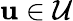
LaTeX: \mathbf{u}\in{\mathcal{{U}}}